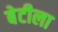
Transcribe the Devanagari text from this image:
बेटीला